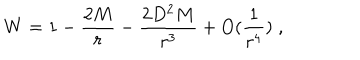
LaTeX: W = 1 - \frac { 2 M } { r } - \frac { 2 D ^ { 2 } M } { r ^ { 3 } } + O ( \frac { 1 } { r ^ { 4 } } ) \; ,